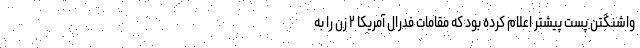
واشنگتن پُست پیشتر اعلام کرده بود که مقامات فدرال آمریکا ۲ زن را به